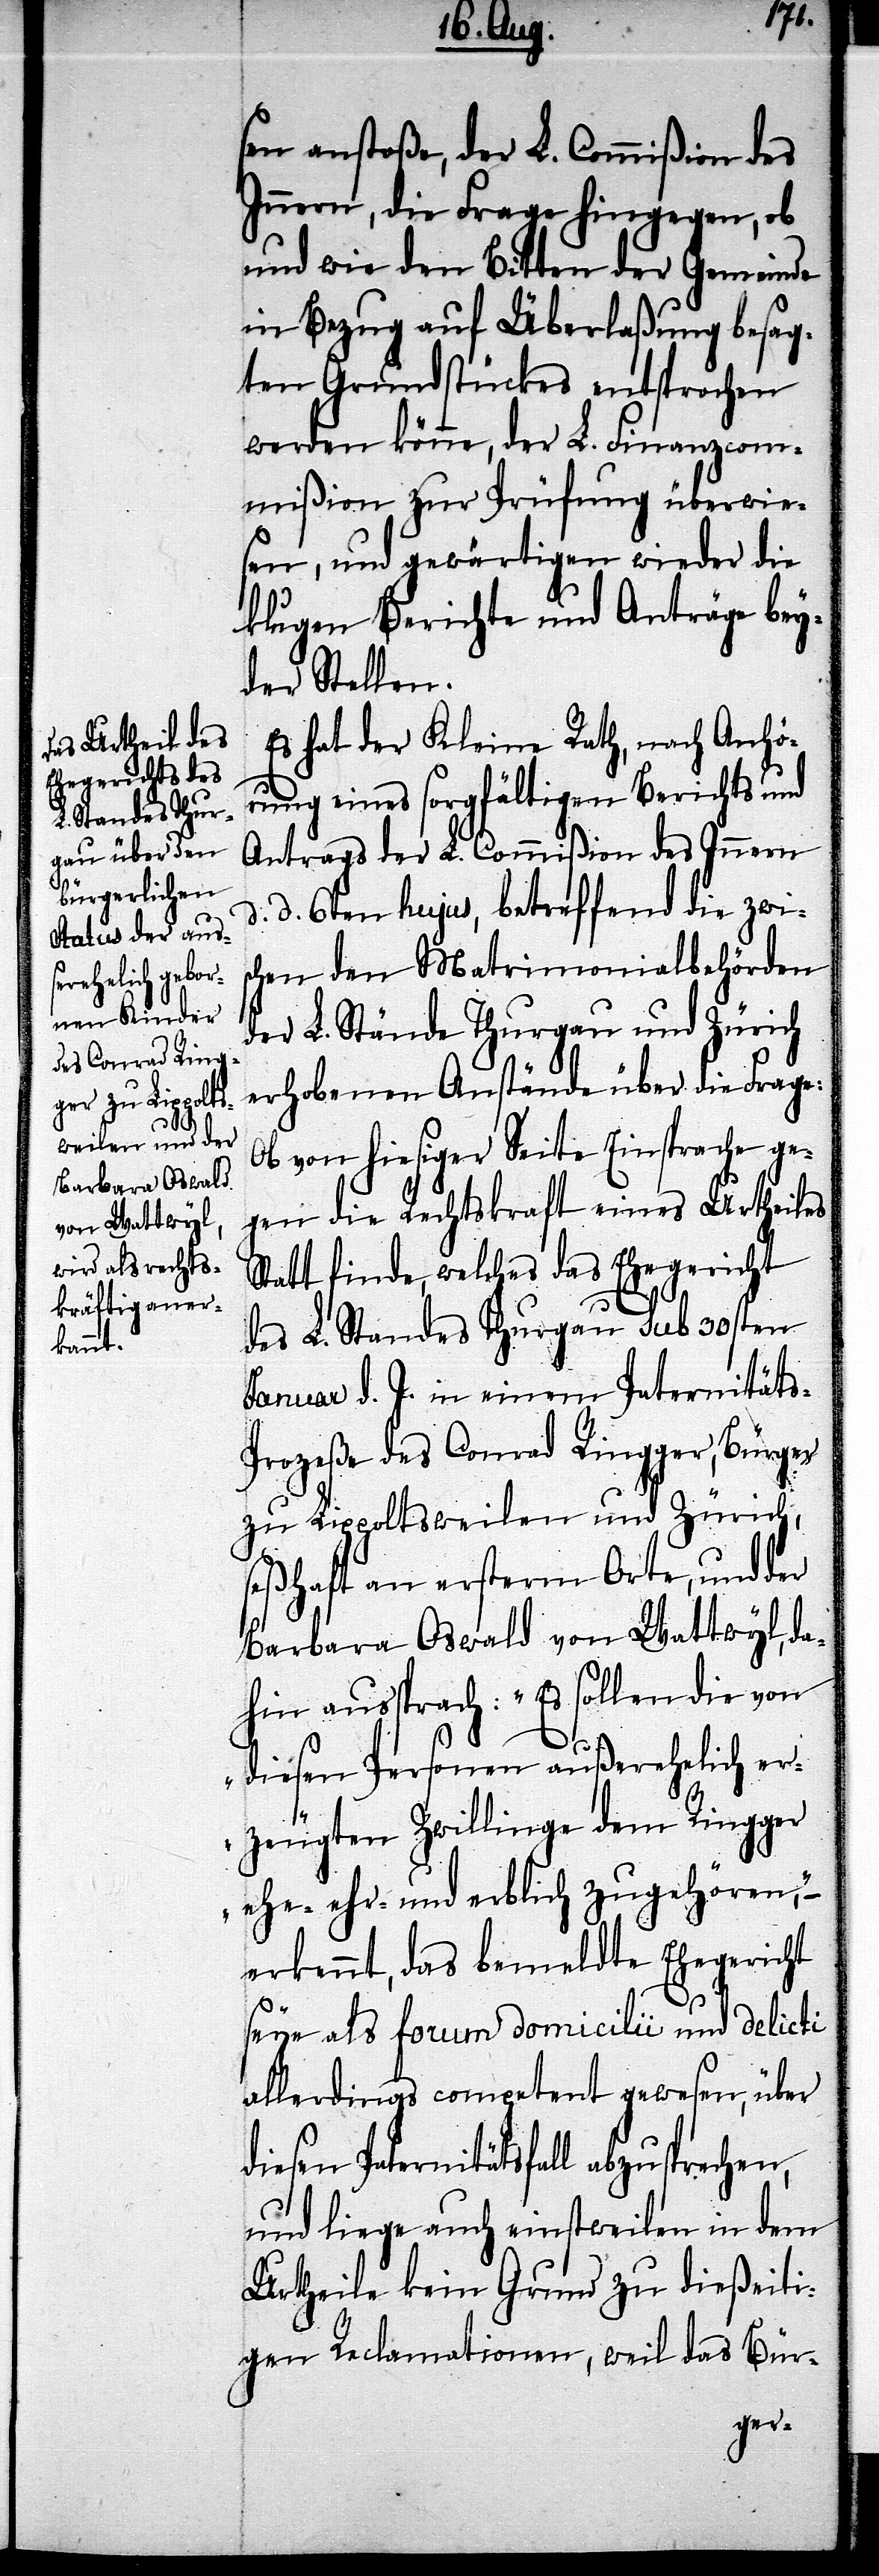
sen anstoße, der L. Commißion des
Innern, die Frage hingegen, ob
und wie den Bitten der Gemeinde
in Bezug auf Überlaßung besag¬
ten Grundstückes entsprochen
werden könne, der L. Finanzcom¬
mißion zur Prüfung überwie¬
sen, und gewärtigen wieder die
klugen Berichte und Anträge bey¬
der Stellen.
Es hat der Kleine Rath, nach Anhör¬
ung eines sorgfältigen Berichts und
Antrags der L. Commißion des Innern
d. 6ten hujus, betreffend die zwis¬
chen den Matrimonialbehörden
der L. Stände Thurgau und Zürich
erhobenen Anstände über die Frage:
Ob von hiesiger Seite Einsprache ge¬
gen die Rechtskraft eines Urtheiles
Statt finde, welches das Ehegericht
des L. Standes Thurgau sub 30sten
Januar d. J. in einem Paternitäts-P¬
rozeße des Conrad Ringger, Bürger
zu Lippoltsweilen und Zürich,
seßhaft an ersterm Orte, und der
Barbara Oswald von Wattwyl, da¬
hin aussprach: „Es sollen die von
diesen Personen außerehelich er¬
zeugten Zwillinge dem Ringger
ehe- ehr- und erblich zugehören,“ –
erkennt, daß bemeldte Ehegericht
seye als forum domicilii und delicti
allerdings competent gewesen, über
diesen Paternitätsfall abzusprechen,
und liege auch einstweilen in dem
Urtheile kein Grund zu dießeiti¬
gen Reclamationen, weil das Bür-